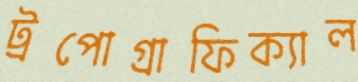
ট্রপোগ্রাফিক্যাল